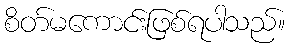
စိတ်မကောင်းဖြစ်ရပါသည်။